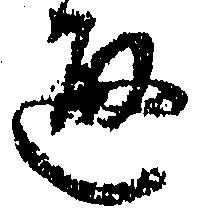
通